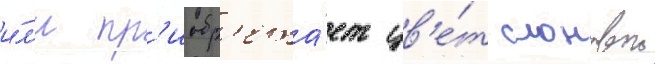
и́л'и пр'иобр'ета́ет цв'е́т слоновои